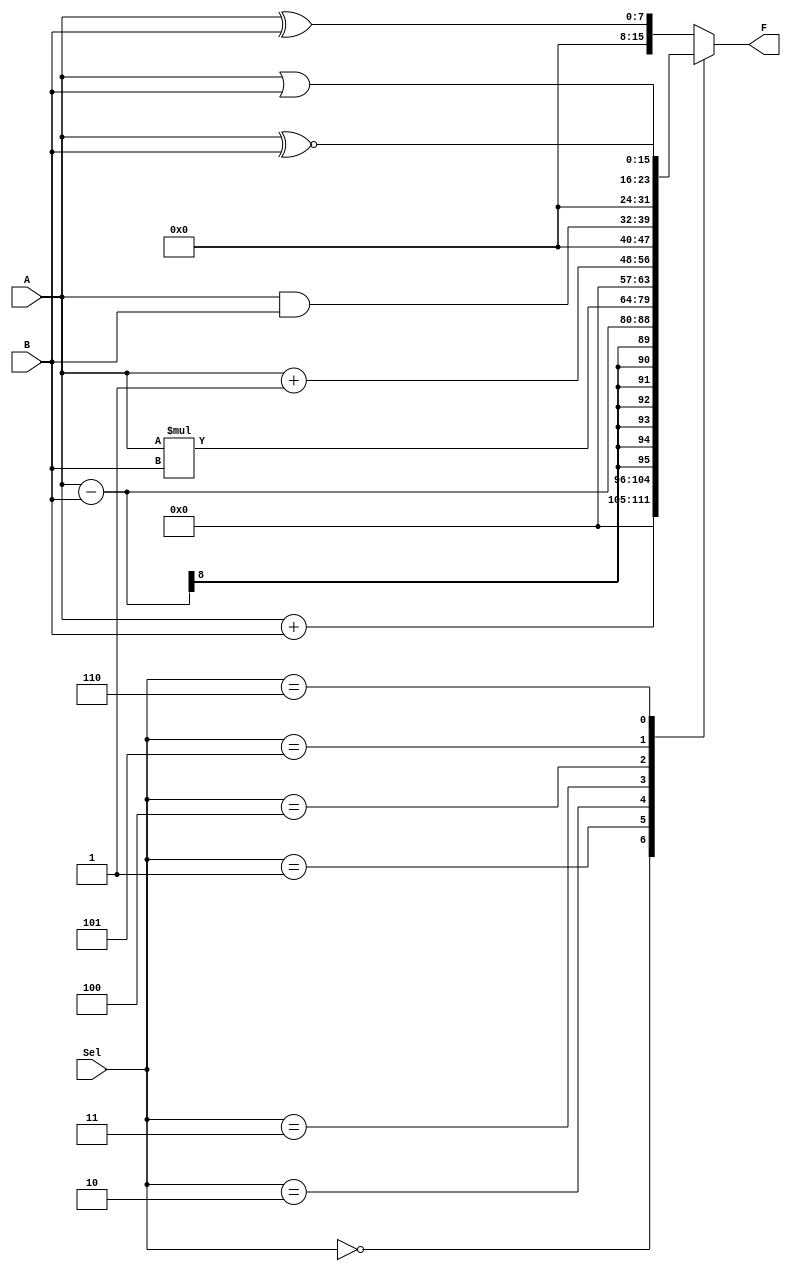
module ALU_behavioral(
    input [7:0] A, B,
    input [2:0] Sel,
    output reg [15:0] F
);

    always @(*) begin
        case(Sel)
            3'b000: F = A + B;  // Addition.
            3'b001: F = A - B;  // Subtraction.
            3'b010: F = A * B;  // Multiplication.
            3'b011: F = A + 1;  // Increment of A.
            3'b100: F = A & B;  // ANDing.
            3'b101: F = A | B;  // ORing.
            3'b110: F = A ~^ B; // XNORing.
            default: F = A ^ B; // XORing.
        endcase
    end
endmodule